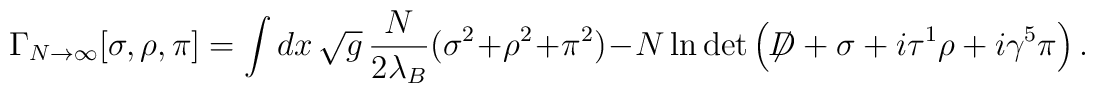
\Gamma_{N \rightarrow \infty} [\sigma,\rho, \pi] = \int dx \,\sqrt{g} \, \frac{N}{2\lambda_B} (\sigma^2 + \rho^2+ \pi^2 ) -N \ln \det \left( \not{\!\! D} + \sigma + i \tau^1\rho + i\gamma^5\pi \right).